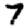
Digit: 7